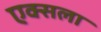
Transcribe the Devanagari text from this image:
एक्सला